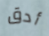
أدق